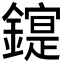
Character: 𰽋